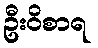
ဦးဝိစာရ